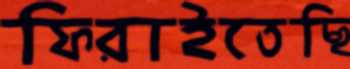
ফিরাইতেছি